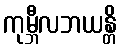
ကုမ္ဘီလဘယန္တိ